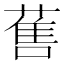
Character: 𱾖